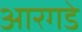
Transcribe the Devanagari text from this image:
आरगडे